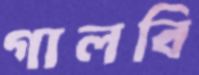
গালবি